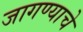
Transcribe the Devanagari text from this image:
जागण्याचे